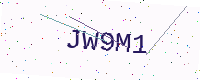
Text: JW9M1